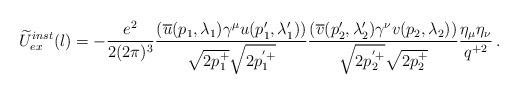
LaTeX: \begin{align*}\widetilde U_{ex}^{inst}(l) = - \frac{e^2}{2(2\pi)^3} \frac{(\overline u(p_1,\lambda_1) \gamma^\mu u(p'_1,\lambda'_1))}{\sqrt{2p_1^+}\sqrt{2p_1^{'+}}} \frac{(\overline v(p'_2,\lambda'_2)\gamma^\nu v(p_2,\lambda_2))}{\sqrt{2p_2^{'+}}\sqrt{2p_2^+}} \frac{\eta_\mu \eta_\nu}{q^{+2}}\,.\end{align*}